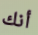
أنك